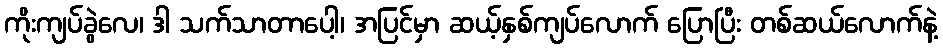
ကိုးကျပ်ခွဲလေ၊ ဒါ သက်သာတာပေါ့၊ အပြင်မှာ ဆယ့်နှစ်ကျပ်လောက် ပြောပြီး တစ်ဆယ်လောက်နဲ့